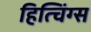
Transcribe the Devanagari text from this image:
हित्चिंग्स